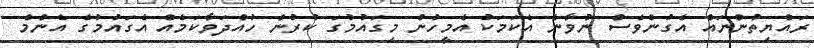
ރައްޔިތުންނައް އެގުންވެސް ނުވާނެ އެކަމަކު އެމީހުން މިގައުމުގަ ކުރުން ހުއްދަވާކަމެއް އެގައުމުގެ އެންމެ